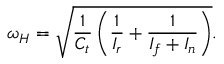
\omega _ { H } = \sqrt { \frac { 1 } { C _ { t } } \left( \frac { 1 } { I _ { r } } + \frac { 1 } { I _ { f } + I _ { n } } \right) } .